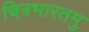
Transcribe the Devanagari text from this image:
चित्रभारतमु